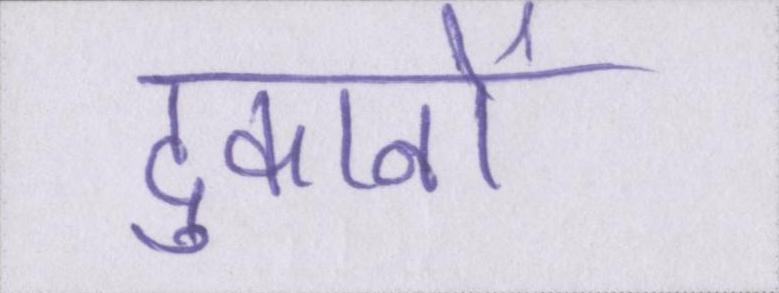
दुकानों